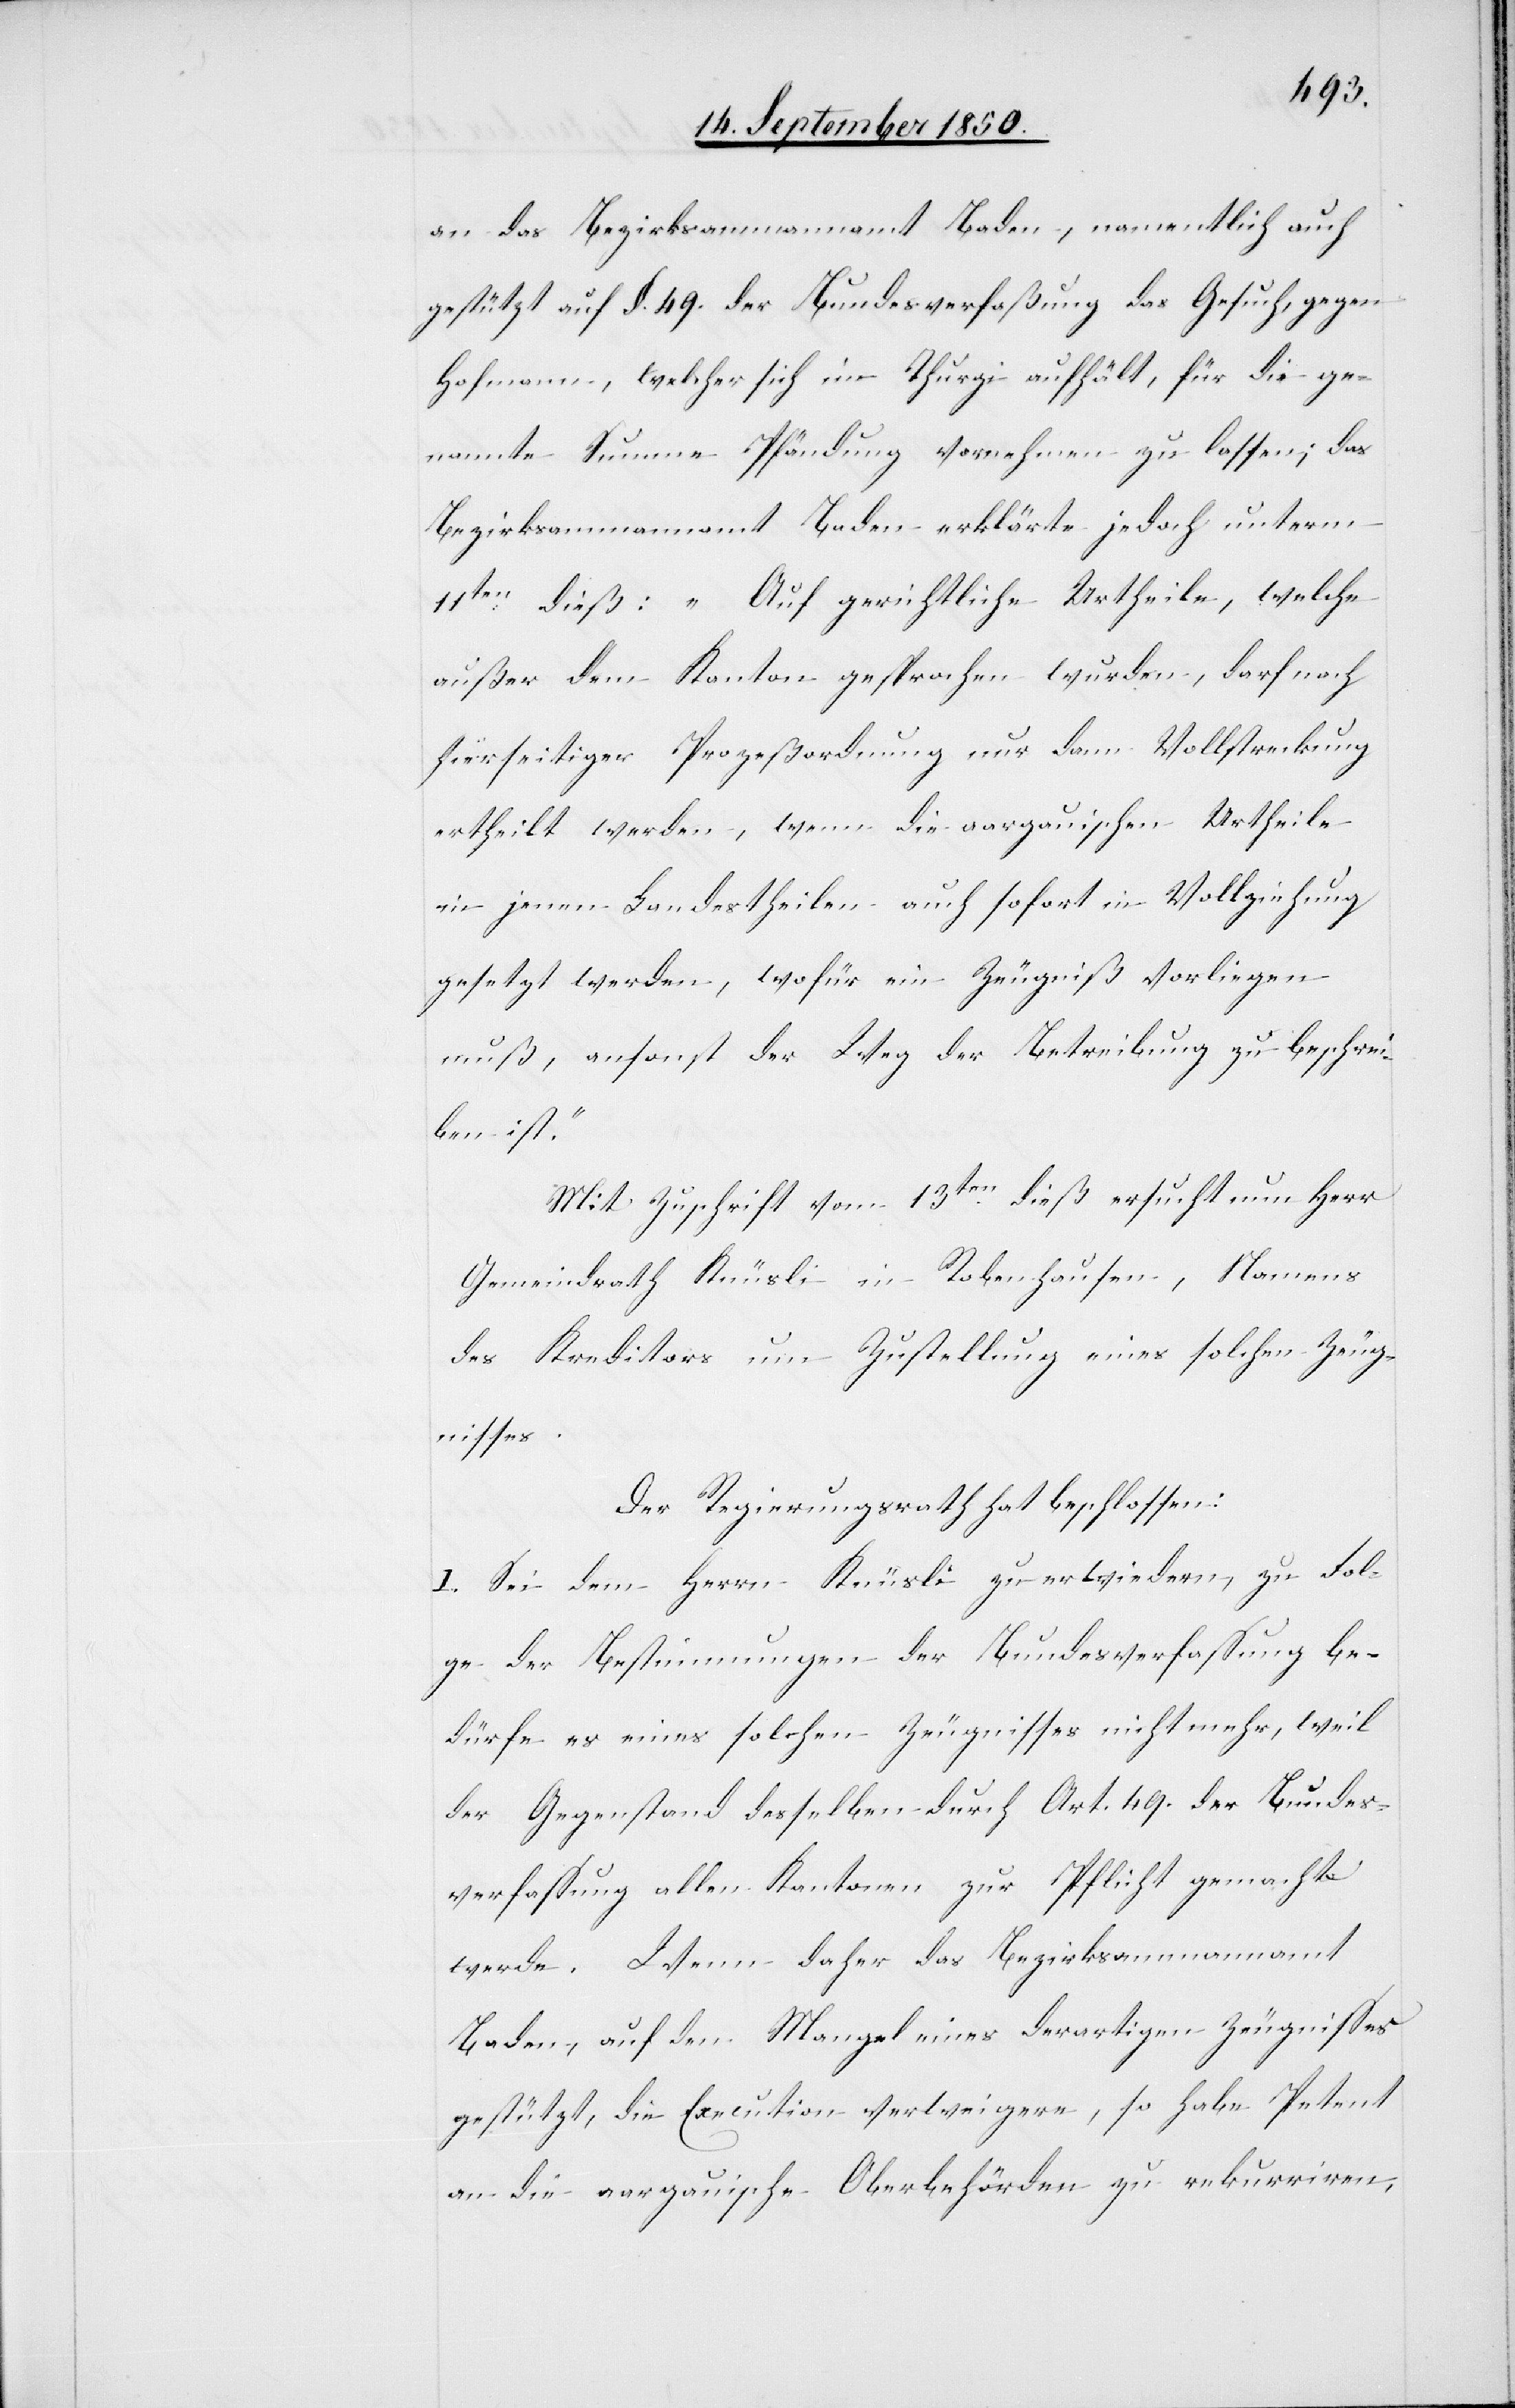
an das Bezirksammannamt Baden, namentlich auch
gestützt auf §. 49. der Bundesverfaßung das Gesuch, gegen
Hofmann, welcher sich im Thurgi aufhält, für die ge¬
nannte Summe Pfändung vornehmen zu lassen; das
Bezirksammannamt Baden erklärte jedoch unterm
11ten dieß: „Auf gerichtliche Urtheile, welche
außer dem Kanton gesprochen wurden, darf nach
hierseitiger Prozeßordnung nur dann Vollstreckung
ertheilt werden, wenn die aargauischen Urtheile
in jenen Landestheilen auch sofort in Vollziehung
gesetzt werden, wofür ein Zeugniß vorliegen
muß, ansonst der Weg der Betreibung zu beschrei¬
ben ist.“
Mit Zuschrift vom 13ten dieß ersucht nun Herr
Gemeindrath Knüsli in Robenhausen, Namens
des Kreditors um Zustellung eines solchen Zeug¬
nisses.
Der Regierungsrath hat beschlossen:
I. Sei dem Herrn Knüsli zu erwiedern, zu Fol¬
ge der Bestimmungen der Bundesverfassung be¬
dürfe es eines solchen Zeugnisses nicht mehr, weil
der Gegenstand desselben durch Art. 49. der Bundes¬
verfassung allen Kantonen zur Pflicht gemacht
werde. Wenn daher das Bezirksammannamt
Baden, auf den Mangel eines derartigen Zeugnisses
gestützt, die Execution verweigere, so habe Petent
an die aargauische Oberbehörden zu rekurriren,